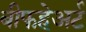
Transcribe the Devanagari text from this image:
बीफहेअर्ट